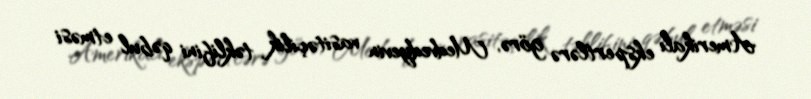
Amerikalı ekspertlərə görə, Medvedyevin vasitəçilik təklifini qəbul etməsi